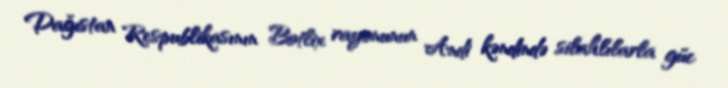
Dağıstan Respublikasının Botlix rayonunun Andi kəndində silahlılarla güc